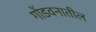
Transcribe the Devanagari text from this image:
गोंडवनातील